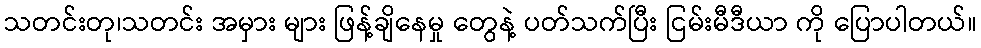
သတင်းတု၊သတင်း အမှား များ ဖြန့်ချိနေမှု တွေနဲ့ ပတ်သက်ပြီး ငြမ်းမီဒီယာ ကို ပြောပါတယ်။